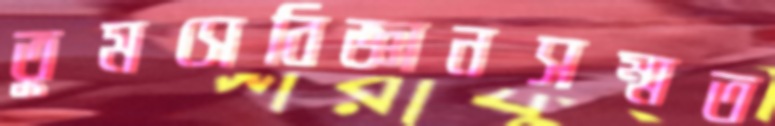
তুমসেবিজ্ঞানসম্মত